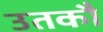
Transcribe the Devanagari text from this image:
उतकौ